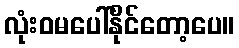
လုံးဝမပေါ်နိုင်တော့ပေ။